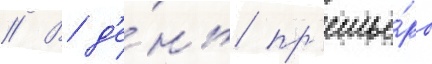
// В д'е́нь пр'емье́ры